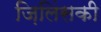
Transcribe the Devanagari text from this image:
ज़िलिंसकी